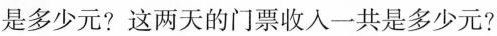
是多少元?这两天的门票收入一共是多少元?